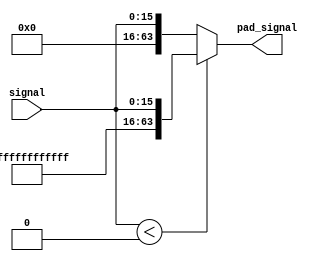
//xtnd
module pad_15(
  input [15:0] signal,
  output reg [63:0] pad_signal 
);

  initial 
  begin
      pad_signal = 64'b0_0;
  end

  always @(*)
  begin
      if(signal < 0)
          pad_signal = { {49{1'b1}}, signal };
      else
          pad_signal = { {49{1'b0}}, signal };
  end

endmodule

//xtnd << 2 
module pad_21_shift(
  input [20:0] signal,
  output reg [63:0] pad_signal 
);

  initial 
  begin
      pad_signal = 64'b0_0;
  end

  always @(*)
  begin
      if(signal > 20'b1 )
          pad_signal =  ( { {43{1'b1}}, signal } << 2) ;
      else
          pad_signal = { {43{1'b0}}, signal } << 2;
  end

endmodule

module offset_data(
    input [15:0] offset_ldst,
    input [20:0] offset_beq,
    output [63:0] beq_out, 
    output [63:0] ldst_out
);

    pad_15 pad_15 (offset_ldst, ldst_out);
    pad_21_shift pad_21_shift (offset_beq, beq_out);

endmodule